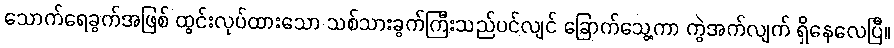
သောက်ရေခွက်အဖြစ် ထွင်းလုပ်ထားသော သစ်သားခွက်ကြီးသည်ပင်လျင် ခြောက်သွေ့ကာ ကွဲအက်လျက် ရှိနေလေပြီ။